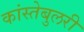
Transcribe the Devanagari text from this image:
कांस्तेबुलरी